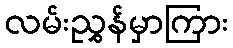
လမ်းညွှန်မှာကြား